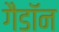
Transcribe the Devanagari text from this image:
गैडाॅन